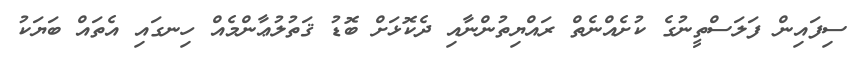
ސިފައިން ފަލަސްތީނުގެ ކުށެއްނެތް ރައްޔިތުންނާއި ދެކޮޅަށް ބޮޑު ޤަތުލުޢާންމެއް ހިނގައި އެތައް ބަޔަކު